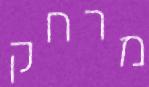
מרחק